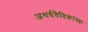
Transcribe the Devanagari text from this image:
अथर्ववैदिकांच्या